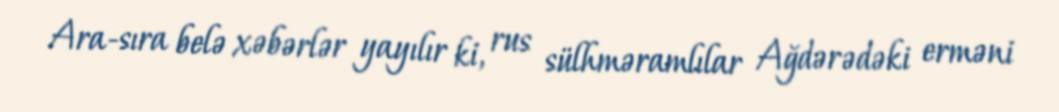
Ara-sıra belə xəbərlər yayılır ki, rus sülhməramlılar Ağdərədəki erməni